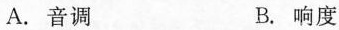
A.音调 B.响度